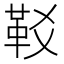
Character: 𩉤